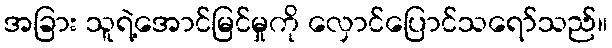
အခြား သူရဲ့အောင်မြင်မှုကို လှောင်ပြောင်သရော်သည်။